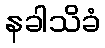
နခါသိခံ